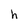
Character: h